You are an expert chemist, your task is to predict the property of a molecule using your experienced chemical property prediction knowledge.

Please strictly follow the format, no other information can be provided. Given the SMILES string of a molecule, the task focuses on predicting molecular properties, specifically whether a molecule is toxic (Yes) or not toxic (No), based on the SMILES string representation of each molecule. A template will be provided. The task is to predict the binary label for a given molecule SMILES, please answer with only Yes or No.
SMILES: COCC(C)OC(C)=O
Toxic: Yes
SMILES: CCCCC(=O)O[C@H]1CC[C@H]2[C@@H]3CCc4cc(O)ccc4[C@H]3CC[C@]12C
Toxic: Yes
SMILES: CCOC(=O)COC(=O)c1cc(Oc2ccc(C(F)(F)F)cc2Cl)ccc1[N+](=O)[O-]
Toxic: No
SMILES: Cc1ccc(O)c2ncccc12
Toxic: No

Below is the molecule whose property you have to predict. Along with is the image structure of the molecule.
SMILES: O=C(Cl)c1c(Cl)cccc1Cl
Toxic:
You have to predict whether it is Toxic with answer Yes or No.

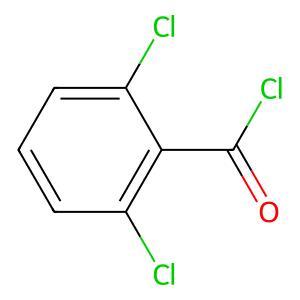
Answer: No